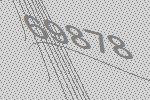
69878